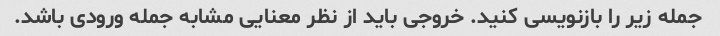
جمله زیر را بازنویسی کنید. خروجی باید از نظر معنایی مشابه جمله ورودی باشد.